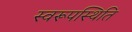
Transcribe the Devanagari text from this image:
स्वरूपस्थिति